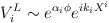
LaTeX: \begin{align*}V_i^L \sim e^{\alpha_i\phi} e^{ik_iX^i}\end{align*}